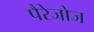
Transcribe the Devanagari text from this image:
पैरेजोज